Report of the Lahore Medical School Hospital
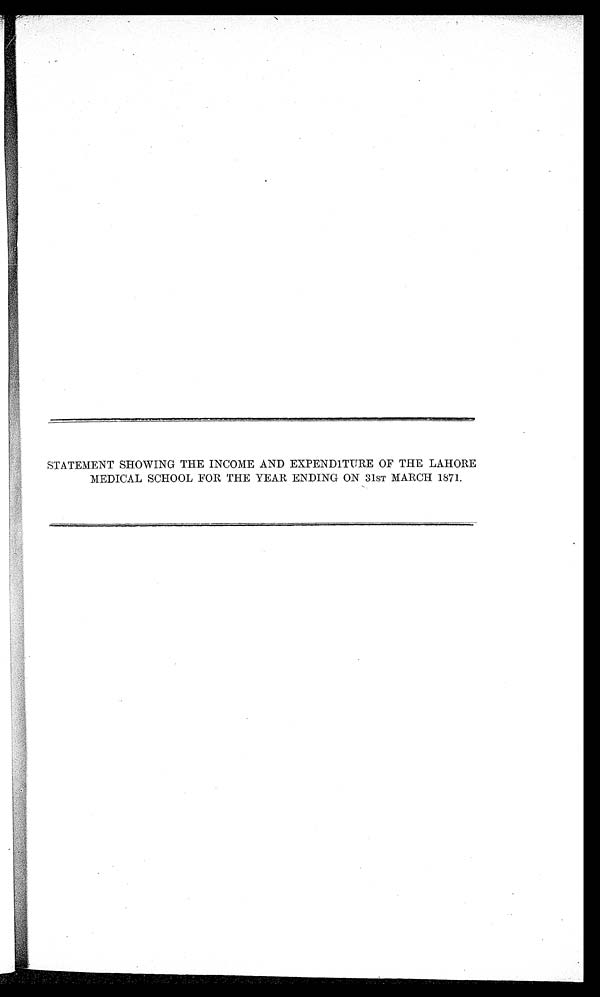
STATEMENT SHOWING THE INCOME AND EXPENDITURE OF THE LAHORE
MEDICAL SCHOOL FOR THE YEAR ENDING ON 31ST MARCH 1871.